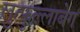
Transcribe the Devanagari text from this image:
लुत्फुल्लाबेग